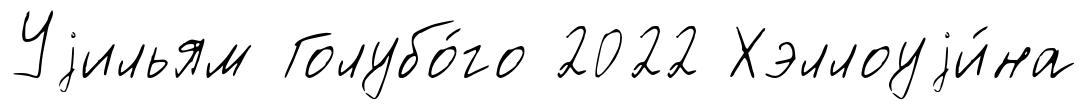
Уjильям Голубо́го 2022 Хэллоуjи́на